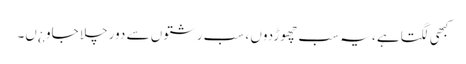
کبھی لگتاہے ، یہ سب چھوڑدوں ، سب رشتوں سے دور چلا جاو ¿ں۔